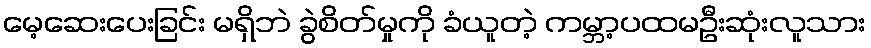
မေ့ဆေးပေးခြင်း မရှိဘဲ ခွဲစိတ်မှုကို ခံယူတဲ့ ကမ္ဘာ့ပထမဦးဆုံးလူသား